画像に写った文字を読んでください
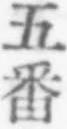
「五番」と書いてあります